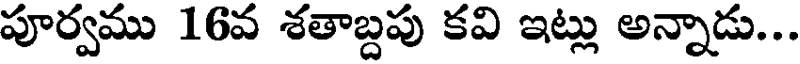
పూర్వము 16వ శతాబ్దపు కవి ఇట్లు అన్నాడు...